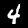
Digit: 4